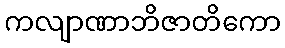
ကလျာဏာဘိဇာတိကော